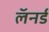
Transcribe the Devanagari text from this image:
लॅनर्ड